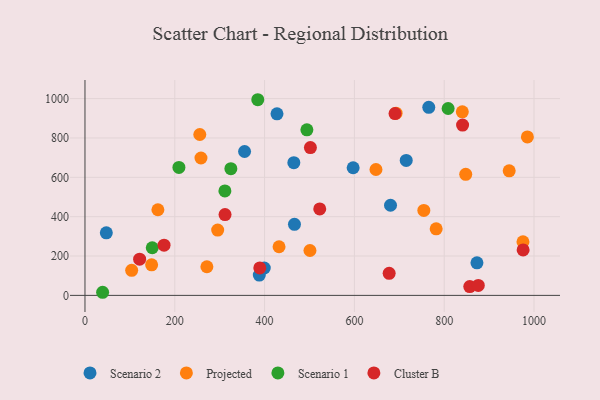
{"axis": {"x": "Price", "y": "Yield"}, "legend": ["Cluster B", "Projected", "Scenario 1", "Scenario 2"], "data": [{"x": "47.5", "y": 318.1, "type": "Scenario 2"}, {"x": "399.3", "y": 139.3, "type": "Scenario 2"}, {"x": "597.2", "y": 648.7, "type": "Scenario 2"}, {"x": "765.6", "y": 955.9, "type": "Scenario 2"}, {"x": "680.4", "y": 458.1, "type": "Scenario 2"}, {"x": "355.4", "y": 731.3, "type": "Scenario 2"}, {"x": "388.2", "y": 103.2, "type": "Scenario 2"}, {"x": "466.5", "y": 360.9, "type": "Scenario 2"}, {"x": "715.4", "y": 685.7, "type": "Scenario 2"}, {"x": "465.1", "y": 674.5, "type": "Scenario 2"}, {"x": "427.6", "y": 922.9, "type": "Scenario 2"}, {"x": "872.9", "y": 165.4, "type": "Scenario 2"}, {"x": "754.6", "y": 431.9, "type": "Projected"}, {"x": "295.5", "y": 331.7, "type": "Projected"}, {"x": "148.4", "y": 155.5, "type": "Projected"}, {"x": "648.0", "y": 639.9, "type": "Projected"}, {"x": "258.3", "y": 698.2, "type": "Projected"}, {"x": "782.1", "y": 338.1, "type": "Projected"}, {"x": "162.4", "y": 435.1, "type": "Projected"}, {"x": "847.9", "y": 615.3, "type": "Projected"}, {"x": "104.0", "y": 127.4, "type": "Projected"}, {"x": "692.8", "y": 926.1, "type": "Projected"}, {"x": "944.7", "y": 633.3, "type": "Projected"}, {"x": "432.2", "y": 247.1, "type": "Projected"}, {"x": "501.0", "y": 228.1, "type": "Projected"}, {"x": "840.3", "y": 932.7, "type": "Projected"}, {"x": "985.2", "y": 805.1, "type": "Projected"}, {"x": "271.5", "y": 145.4, "type": "Projected"}, {"x": "255.7", "y": 817.6, "type": "Projected"}, {"x": "975.4", "y": 272.4, "type": "Projected"}, {"x": "149.8", "y": 242.1, "type": "Scenario 1"}, {"x": "384.8", "y": 994.4, "type": "Scenario 1"}, {"x": "209.2", "y": 650.2, "type": "Scenario 1"}, {"x": "808.7", "y": 949.9, "type": "Scenario 1"}, {"x": "39.3", "y": 15.8, "type": "Scenario 1"}, {"x": "311.6", "y": 530.9, "type": "Scenario 1"}, {"x": "494.2", "y": 841.2, "type": "Scenario 1"}, {"x": "324.9", "y": 643.8, "type": "Scenario 1"}, {"x": "311.9", "y": 410.7, "type": "Cluster B"}, {"x": "176.1", "y": 255.3, "type": "Cluster B"}, {"x": "677.4", "y": 112.2, "type": "Cluster B"}, {"x": "121.7", "y": 184.2, "type": "Cluster B"}, {"x": "975.7", "y": 231.2, "type": "Cluster B"}, {"x": "840.9", "y": 865.5, "type": "Cluster B"}, {"x": "522.8", "y": 439.2, "type": "Cluster B"}, {"x": "856.9", "y": 44.9, "type": "Cluster B"}, {"x": "389.3", "y": 139.4, "type": "Cluster B"}, {"x": "502.0", "y": 751.3, "type": "Cluster B"}, {"x": "875.9", "y": 50.8, "type": "Cluster B"}, {"x": "690.5", "y": 924.2, "type": "Cluster B"}]}